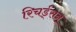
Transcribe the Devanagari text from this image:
रिचर्ड्‌सन्‌